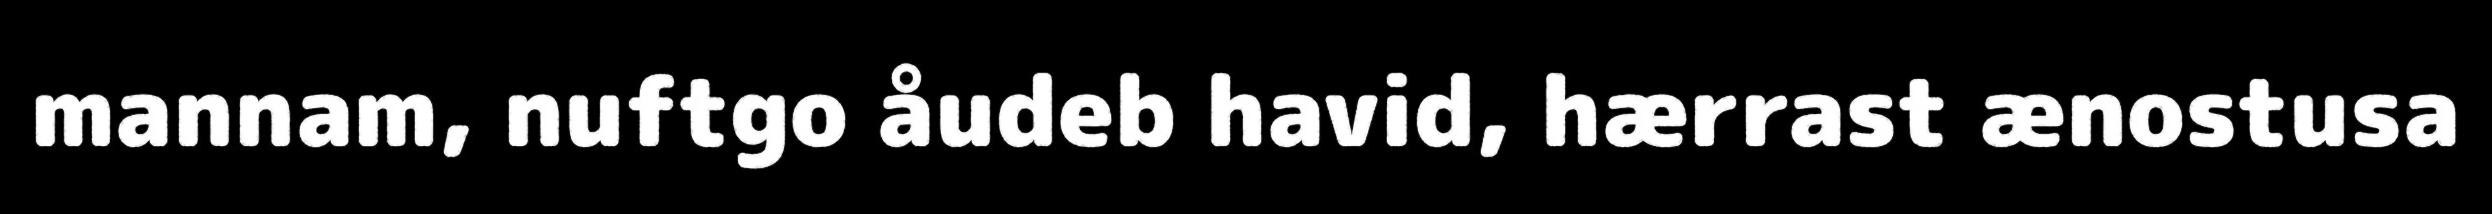
mannam, nuftgo åudeb havid, hærrast ænostusa